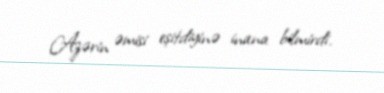
Azərin əmisi eşitdiyinə inana bilmirdi.